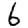
Digit: 6